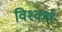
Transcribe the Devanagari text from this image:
विश्कर्ष